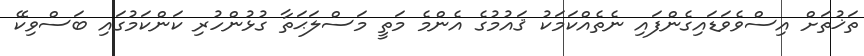
ތަޚުތަށް އިސްވެވަޑައިގެންފައި ނެތެއްކަމަކު ޤައުމުގެ އެންމެ މަތީ މަސްލަޙަތާ ގުޅުންހުރި ކަންކަމުގައި ބަސްވިކޭ